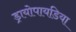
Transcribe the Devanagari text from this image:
ड्रायोपायडिया